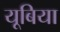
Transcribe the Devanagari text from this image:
यूबिया